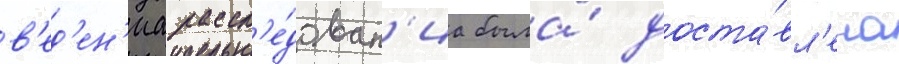
в'ед'ен'иа рассл'е́дован'иа была́ доста́вл'ена